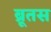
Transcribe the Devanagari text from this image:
ब्रूतस